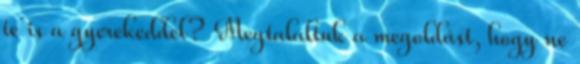
te is a gyerekeddel? Megtaláltuk a megoldást, hogy ne